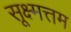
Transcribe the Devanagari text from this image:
सूक्ष्मत्तम